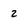
Character: 2